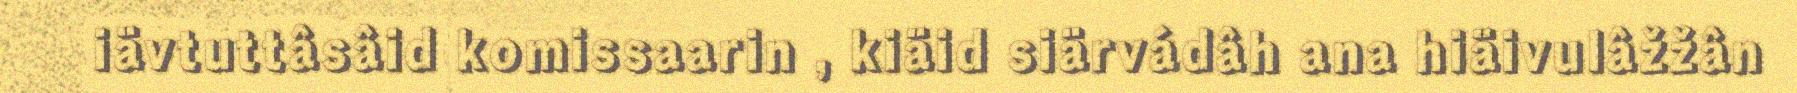
iävtuttâsâid komissaarin , kiäid siärvádâh ana hiäivulâžžân